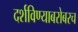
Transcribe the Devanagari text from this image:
दर्शविण्याबरोबरच